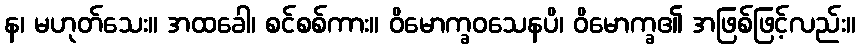
န၊ မဟုတ်သေး။ အထခေါ၊ စင်စစ်ကား။ ဝိမောက္ခဝသေနပိ၊ ဝိမောက္ခ၏ အဖြစ်ဖြင့်လည်း။